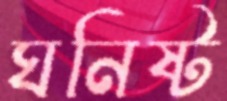
ঘনিষ্ট